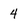
Character: 4